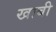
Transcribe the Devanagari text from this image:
खाबी